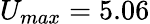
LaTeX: U_{max}=5.06